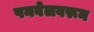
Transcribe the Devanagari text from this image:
पनवेलवरून